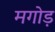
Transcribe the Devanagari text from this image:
मगोड़